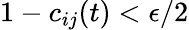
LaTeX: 1-c_{ij}(t)<\epsilon/2